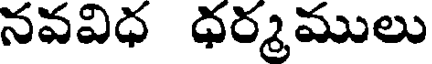
నవవిధ ధర్మములు